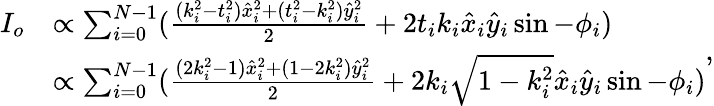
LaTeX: \begin{array}{rl}{I_{o}}&{\propto\sum_{i=0}^{N-1}(\frac{(k_{i}^{2}-t_{i}^{2})\hat{x}_{i}^{2}+(t_{i}^{2}-k_{i}^{2})\hat{y}_{i}^{2}}{2}+2t_{i}k_{i}\hat{x}_{i}\hat{y}_{i}\sin-\phi_{i})}\\ &{\propto\sum_{i=0}^{N-1}(\frac{(2k_{i}^{2}-1)\hat{x}_{i}^{2}+(1-2k_{i}^{2})\hat{y}_{i}^{2}}{2}+2k_{i}\sqrt{1-k_{i}^{2}}\hat{x}_{i}\hat{y}_{i}\sin-\phi_{i})}\end{array},